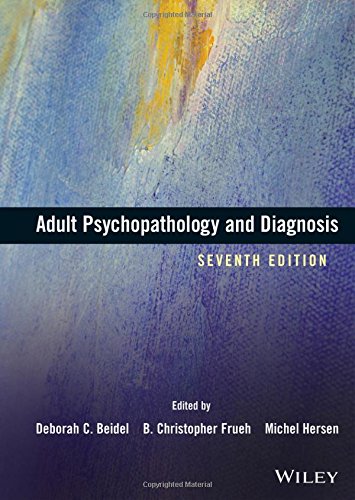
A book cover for Adult Psychopathology and Diagnosis; Medical Books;